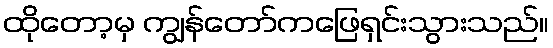
ထိုတော့မှ ကျွန်တော်ကဖြေရှင်းသွားသည်။